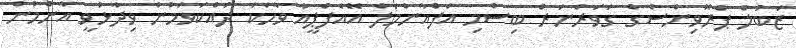
ޒަބުލް ޕްރޮވިންސްގެ ގަވަރްނަރް ބިސްމި އަފްޣާންމަލް އޭއެފްޕީއާ ވާހަކަ ދައްކަވަމުން ވިދާޅުވީ އާންމުން